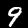
Label: 9